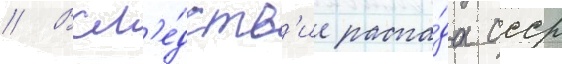
// Всл'е́дств'ие распа́да ссср